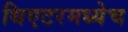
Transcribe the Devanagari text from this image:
थिएटरमध्येच